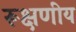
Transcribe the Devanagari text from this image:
रूक्षणीय